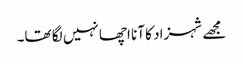
مجھے شہزاد کا آنا اچھا نہیں لگا تھا۔